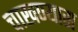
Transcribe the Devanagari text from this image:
चाखण्यास